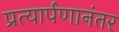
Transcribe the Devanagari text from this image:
प्रत्यार्पणानंतर